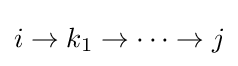
i\to k_{1}\to \cdots \to j